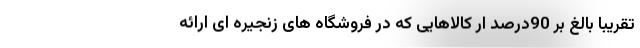
تقریبا بالغ بر 90درصد ار کالاهایی که در فروشگاه های زنجیره ای ارائه